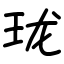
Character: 珑